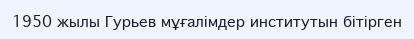
1950 жылы Гурьев мұғалімдер институтын бітірген